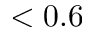
< 0 . 6